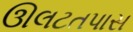
ઊલટતપાસ